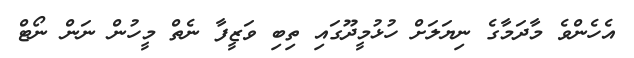
އެހެންވެ މާދަމާގެ ނިޔަލަށް ހުޅުމީދޫގައި ތިބި ވަޒީފާ ނެތް މީހުން ނަން ނޯޓް